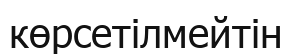
көрсетілмейтін